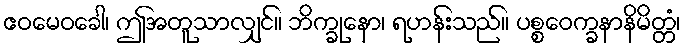
ဧဝမေဝခေါ၊ ဤအတူသာလျှင်။ ဘိက္ခုနော၊ ရဟန်းသည်။ ပစ္စဝေက္ခနာနိမိတ္တံ၊